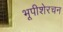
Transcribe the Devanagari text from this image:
भूपीशेरचन